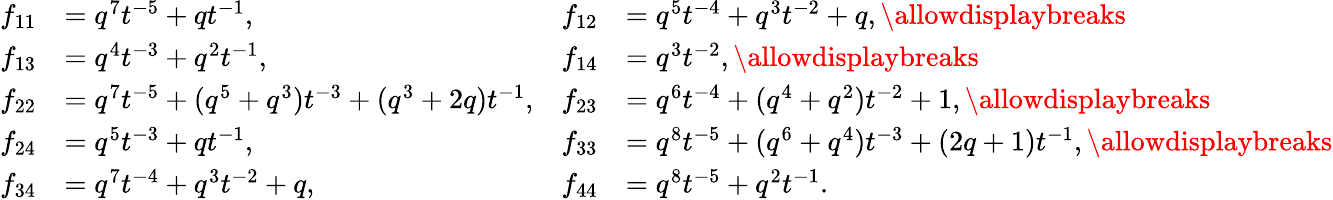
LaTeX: \begin{array}{rlrl}{f_{11}}&{=q^{7}t^{-5}+qt^{-1},}&{f_{12}}&{=q^{5}t^{-4}+q^{3}t^{-2}+q,\allowdisplaybreaks}\\ {f_{13}}&{=q^{4}t^{-3}+q^{2}t^{-1},}&{f_{14}}&{=q^{3}t^{-2},\allowdisplaybreaks}\\ {f_{22}}&{=q^{7}t^{-5}+(q^{5}+q^{3})t^{-3}+(q^{3}+2q)t^{-1},}&{f_{23}}&{=q^{6}t^{-4}+(q^{4}+q^{2})t^{-2}+1,\allowdisplaybreaks}\\ {f_{24}}&{=q^{5}t^{-3}+qt^{-1},}&{f_{33}}&{=q^{8}t^{-5}+(q^{6}+q^{4})t^{-3}+(2q+1)t^{-1},\allowdisplaybreaks}\\ {f_{34}}&{=q^{7}t^{-4}+q^{3}t^{-2}+q,}&{f_{44}}&{=q^{8}t^{-5}+q^{2}t^{-1}.}\end{array}